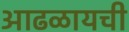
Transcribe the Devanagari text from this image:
आढळायची